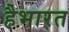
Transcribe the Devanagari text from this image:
हैभारत